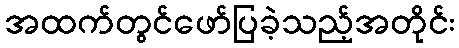
အထက်တွင်ဖော်ပြခဲ့သည့်အတိုင်း